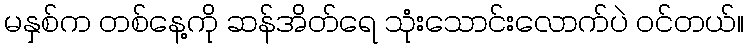
မနှစ်က တစ်နေ့ကို ဆန်အိတ်ရေ သုံးသောင်းလောက်ပဲ ဝင်တယ်။